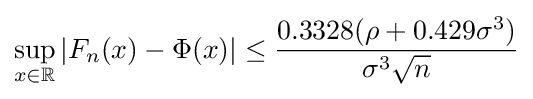
\sup _{x\in \mathbb {R} }\left|F_{n}(x)-\Phi (x)\right|\leq {0.3328(\rho +0.429\sigma ^{3}) \over \sigma ^{3}{\sqrt {n}}}